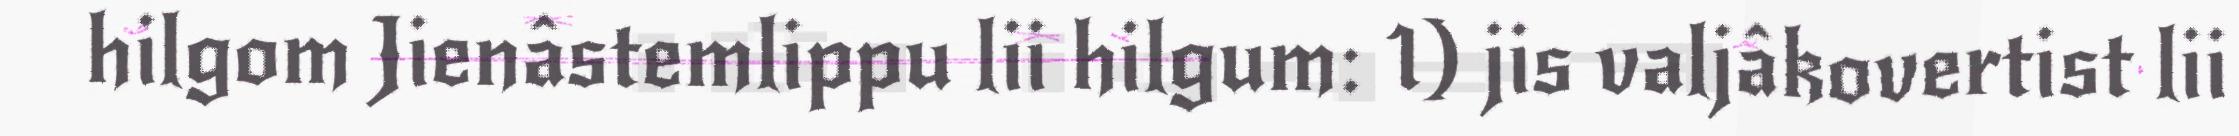
hilgom Jienâstemlippu lii hilgum: 1) jis valjâkovertist lii